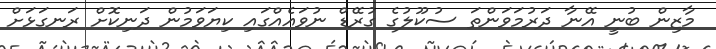
މާޒިން ބުނީ އޭނާ ދަރުމަވަންތަ ސުކޫލުގެ ގުރޭޑް ނުވައެއްގައި ކިޔަވަމުން ދަނިކޮށް ރަނގަޅަށް